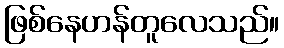
ဖြစ်နေဟန်တူလေသည်။